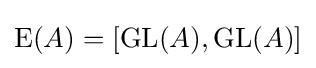
\operatorname {E} (A)=[\operatorname {GL} (A),\operatorname {GL} (A)]